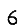
Digit: 6